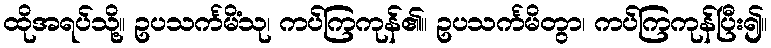
ထိုအရပ်သို့။ ဥပသင်္ကမိံသု၊ ကပ်ကြကုန်၏။ ဥပသင်္ကမိတွာ၊ ကပ်ကြကုန်ပြီး၍။